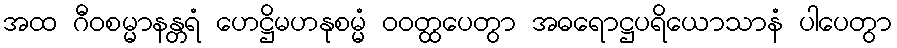
အထ ဂီဝစမ္မာနန္တရံ ဟေဋ္ဌိမဟနုစမ္မံ ဝဝတ္ထပေတွာ အဓရောဋ္ဌပရိယောသာနံ ပါပေတွာ